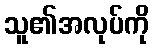
သူ၏အလုပ်ကို